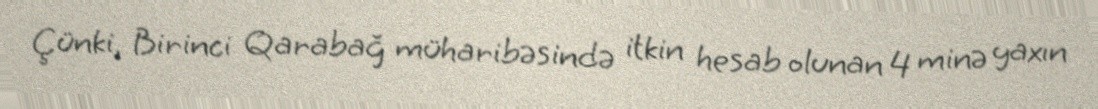
Çünki, Birinci Qarabağ müharibəsində itkin hesab olunan 4 minə yaxın